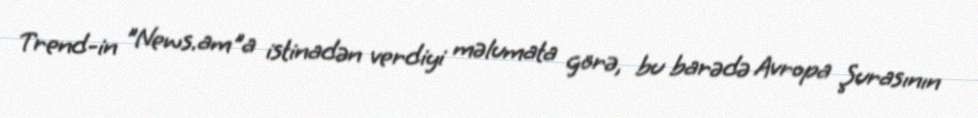
Trend-in "News.am"a istinadən verdiyi məlumata görə, bu barədə Avropa Şurasının